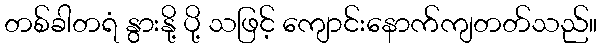
တစ်ခါတရံ နွားနို့ ပို့ သဖြင့် ကျောင်းနောက်ကျတတ်သည်။